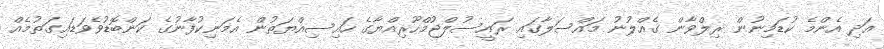
އަދި އެންމެ ކުޑަމިނުން ރިލްވާން ގެއްލުނު މައްސަލާގައި ރައީސުލްޖުމްހޫރިއްޔާގެ ހައިސިއްޔަތުން އެމަނިކުފާނުގެ ކަންބޮޑުވެވަޑައިގަތުމެއް